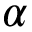
\alpha